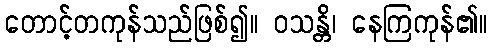
တောင့်တကုန်သည်ဖြစ်၍။ ဝသန္တိ၊ နေကြကုန်၏။